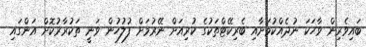
ބައިވެރިން ވާހަކަ ނުދެއްކުމަށާއި ބެރިކޭޓްތަކުގެ ކުރިއަށް ނޭރުމަށް ފުލުހުން ވަނީ ތަކުރާރުކޮށް އަންގައި